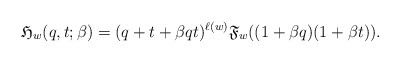
\begin{gather*} \mathfrak{H}_{w}(q,t;\beta) =(q+t+\beta q t)^{\ell(w)} \mathfrak{F}_{w}((1+\beta q)(1+\beta t)).\end{gather*}